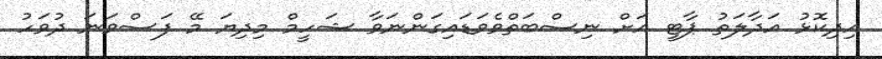
އިދިކޮޅު އަދާލަތު ޕާޓީ އަށް ނިސްބަތްވެވަޑައިގަންނަވާ ޝަހީމް މިދިޔަ މޭ ފަސްވަނަ ދުވަހު